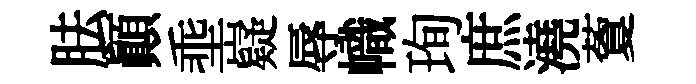
胠顚埀嶷辱幟珣庶澆藑